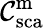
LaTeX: \mathcal{C}_{\mathrm{{sca}}}^{\mathrm{{m}}}